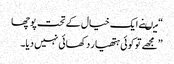
“ میںنے ایک خیال کے تحت پوچھا
”مجھے تو کوئی ہتھیار دکھائی نہیں دیا۔